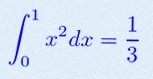
\int_0^1 x^2dx=\frac13